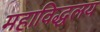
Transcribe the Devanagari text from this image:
महाविद्धलय